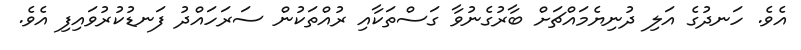
އެވެ. ހަނދުގެ އަލި ދުނިޔެމައްޗަށް ބާރުގެނުވާ ގަސްތަކާއި ރުއްތަކުން ސަރަހައްދު ފަނޑުކުރުވައިފި އެވެ.